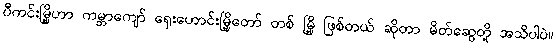
ပီကင်းမြို့ဟာ ကမ္ဘာကျော် ရှေးဟောင်းမြို့တော် တစ် မြို့ ဖြစ်တယ် ဆိုတာ မိတ်ဆွေတို့ အသိပါပဲ။